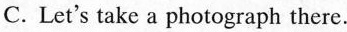
C.Let's take a photograph there.